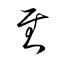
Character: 慰